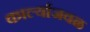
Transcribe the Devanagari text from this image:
कार्ल्याजवळ